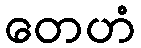
တေဟံ